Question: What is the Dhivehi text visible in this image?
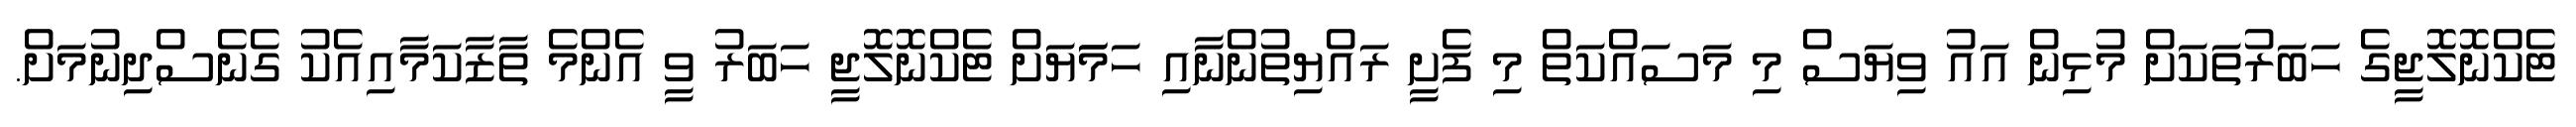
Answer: ޓެކްނޮލޮޖީގެ ހަބަރުތަކަށް މުޅިން އައު ވިޔަސް މި މަސައްކަތް މި ފެށީ ރައްޔިތުންނާއި ހަމަަޔަށް ޓެކްނޮލޮޖީ ހަބަރު ވީ އެންމެ ތާޒާކަމާއިއެކު ގެނެސްދިނުމަށް.